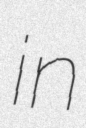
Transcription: in